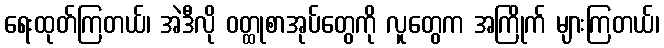
ရေးထုတ်ကြတယ်၊ အဲဒီလို ဝတ္ထုစာအုပ်တွေကို လူတွေက အကြိုက် များကြတယ်၊